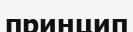
принцип